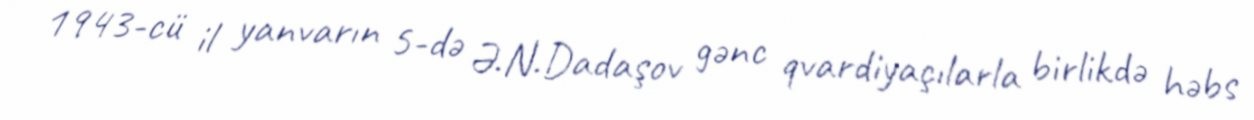
1943-cü il yanvarın 5-də Ə.N.Dadaşov gənc qvardiyaçılarla birlikdə həbs